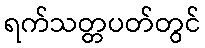
ရက်သတ္တပတ်တွင်